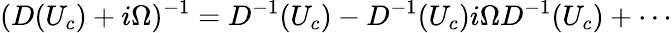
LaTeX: (D(U_{c})+i\Omega)^{-1}=D^{-1}(U_{c})-D^{-1}(U_{c})i\Omega D^{-1}(U_{c})+\cdots